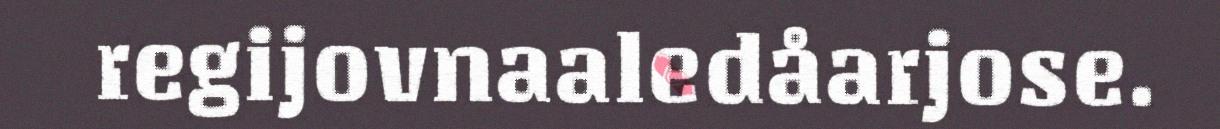
regijovnaaledåarjose.